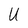
Character: U